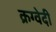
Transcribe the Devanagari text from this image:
क्रग्वेदी